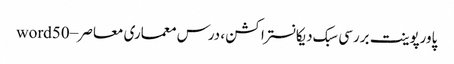
پاورپوینت بررسی سبک دیکانستراکشن ، درس معماری معاصر – word50